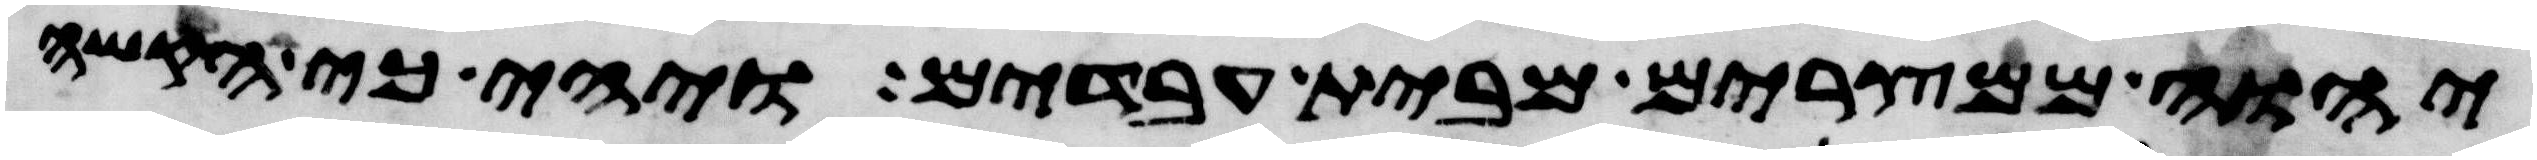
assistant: יהוה ממצרים מבית עבדים ויהי כי הקשה